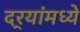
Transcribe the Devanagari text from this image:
दर्‍यांमध्ये